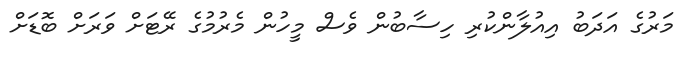
މަރުގެ އަދަބު އިއުލާންކުރި ހިސާބުން ވެސް މީހުން މެރުމުގެ ރޭޓަށް ވަރަށް ބޮޑަށް